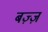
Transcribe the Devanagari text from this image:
बज़्ज़